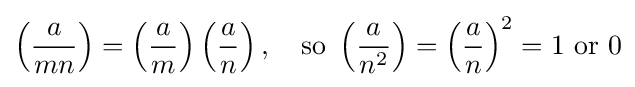
\left({\frac {a}{mn}}\right)=\left({\frac {a}{m}}\right)\left({\frac {a}{n}}\right),\quad {\text{so }}\left({\frac {a}{n^{2}}}\right)=\left({\frac {a}{n}}\right)^{2}=1{\text{ or }}0